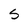
Character: S